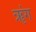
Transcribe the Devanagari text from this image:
ॠंग